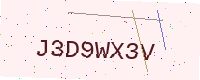
Text: J3D9WX3V